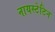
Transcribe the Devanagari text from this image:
नायस्टेटिन